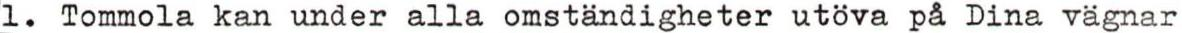
1. Tommola kan under alla omständigheter utöva på Dina vägnar